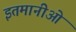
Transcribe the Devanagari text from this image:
इतमानीओं